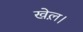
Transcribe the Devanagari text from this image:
खेल़।